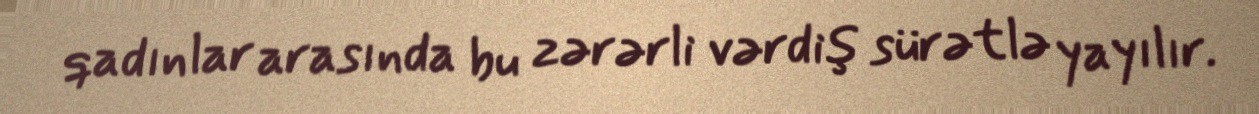
qadınlar arasında bu zərərli vərdiş sürətlə yayılır.